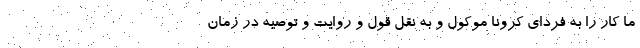
ما کار را به فردای کرونا موکول و به نقل قول و روایت و توصیه در زمان